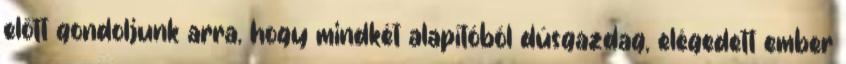
előtt gondoljunk arra, hogy mindkét alapítóból dúsgazdag, elégedett ember